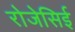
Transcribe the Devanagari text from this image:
रोजेसिई